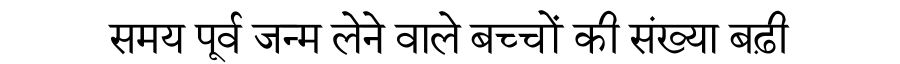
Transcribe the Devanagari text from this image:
समय पूर्व जन्म लेने वाले बच्चों की संख्या बढ़ी